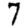
Digit: 7